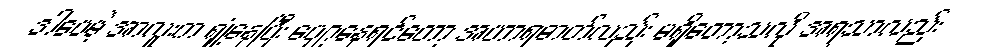
ဒါပေမဲ့ အာလူးက ရှုံ့နေပြီး ပျော့နေရင်တော့ အဟာရဓာတ်လည်း မရှိတော့သလို အရသာလည်း